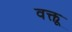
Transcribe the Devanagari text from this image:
वक्तू